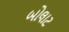
બોલાટ